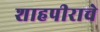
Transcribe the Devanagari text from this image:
शाहपीराचे